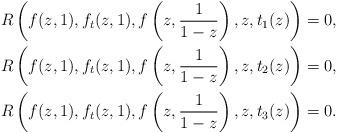
LaTeX: \begin{align*}R\left(f(z,1),f_t(z,1),f\left(z,\frac{1}{1-z}\right), z, t_1(z)\right) &= 0,\\R\left(f(z,1),f_t(z,1),f\left(z,\frac{1}{1-z}\right), z, t_2(z)\right) &= 0,\\R\left(f(z,1),f_t(z,1),f\left(z,\frac{1}{1-z}\right), z, t_3(z)\right) &= 0.\end{align*}